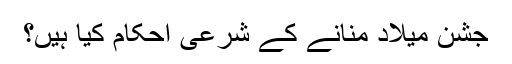
جشن میلاد منانے کے شرعی احکام کیا ہیں؟